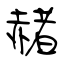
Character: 赭